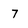
Character: 7